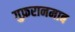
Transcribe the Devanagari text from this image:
गुफ़रानमाब